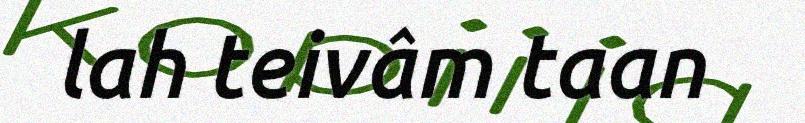
lah teivâm taan